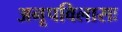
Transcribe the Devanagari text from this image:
अनूपविलासः